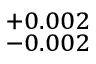
^ { + 0 . 0 0 2 } _ { - 0 . 0 0 2 }